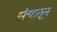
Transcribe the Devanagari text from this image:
संचातून